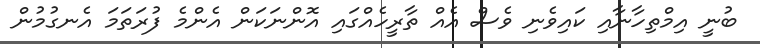
ބުނީ އިމްތިހާނާއި ކައިވެނި ވެސް އެއް ތާރީހެއްގައި އޮންނަކަން އެންމެ ފުރަތަމަ އެނގުމުން